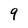
Character: 9